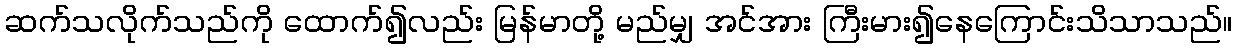
ဆက်သလိုက်သည်ကို ထောက်၍လည်း မြန်မာတို့ မည်မျှ အင်အား ကြီးမား၍နေကြောင်းသိသာသည်။